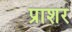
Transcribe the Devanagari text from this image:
प्राशर